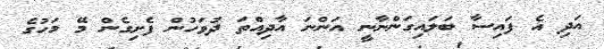
އަދި އެ ފައިސާ ބަލައިގަންނާނީ އަންނަ އާދިއްތަ ދުވަހުން ފެށިގެން މޭ މަހުގެ